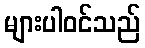
များပါဝင်သည်